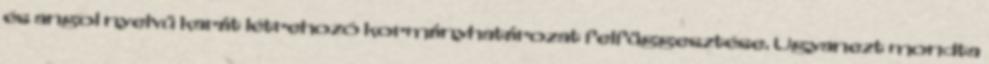
és angol nyelvű karát létrehozó kormányhatározat felfüggesztése. Ugyanezt mondta